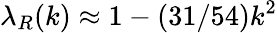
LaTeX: \lambda_{R}(k)\approx 1-(31/54)k^{2}